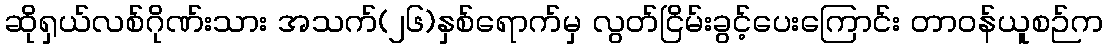
ဆိုရှယ်လစ်ဂိုဏ်းသား အသက်(၂၆)နှစ်ရောက်မှ လွတ်ငြိမ်းခွင့်ပေးကြောင်း တာဝန်ယူစဉ်က